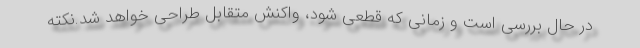
در حال بررسی است و زمانی که قطعی شود، واکنش متقابل طراحی خواهد شد.نکته